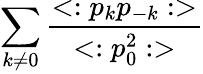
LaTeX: \sum_{k\neq 0}{\frac{<:p_{k}p_{-k}:>}{<:p_{0}^{2}:>}}